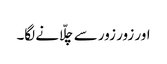
اور زور زور سے چلّانے لگا۔